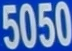
5050